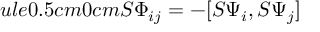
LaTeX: ule { 0.5 cm } { 0 cm } S \Phi _ { i j } = - [ S \Psi _ { i } , S \Psi _ { j } ]